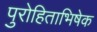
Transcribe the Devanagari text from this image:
पुरोहिताभिषेक